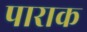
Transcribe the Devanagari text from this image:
पाराक